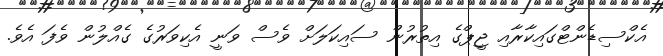
އެކްސިޑެންޓްގައިކާރާއި ޖީޕްގެ އިތުރުން ސައިކަލަށް ވެސް ވަނީ އެކިވަރުގެ ގެއްލުން ވެފަ އެވެ.